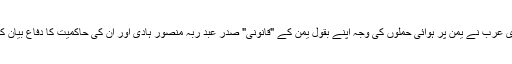
سعودی عرب نے یمن پر ہوائی حملوں کی وجہ اپنے بقول یمن کے "قانونی" صدر عبد ربہ منصور ہادی اور ان کی حاکمیت کا دفاع بیان کیا ہے۔